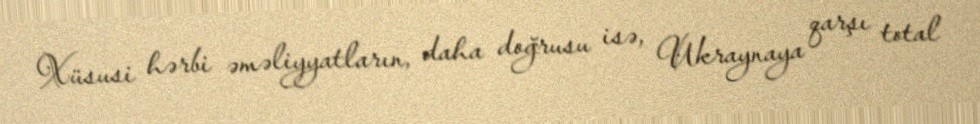
Xüsusi hərbi əməliyyatların, daha doğrusu isə, Ukraynaya qarşı total